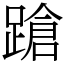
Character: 蹌